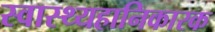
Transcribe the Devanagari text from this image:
स्वास्थ्यहानिकारक